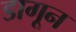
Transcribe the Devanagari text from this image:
डागून